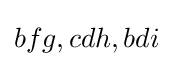
bfg,cdh,bdi